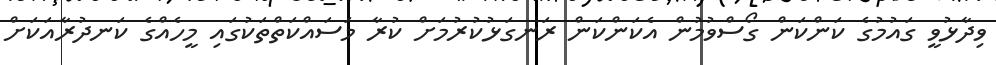
ވިދާޅުވީ ގައުމުގެ ކަންކަން ގޯސްވުމުން އެކަންކަން ރަނގަޅުކުރުމަށް ކުރާ މަސައްކަތްތަކުގައި މީހެއްގެ ކަނދުރާއަކަށް